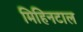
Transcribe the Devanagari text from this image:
मिहिनटाल